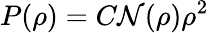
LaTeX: P(\rho)=C\mathcal{N}(\rho)\rho^{2}